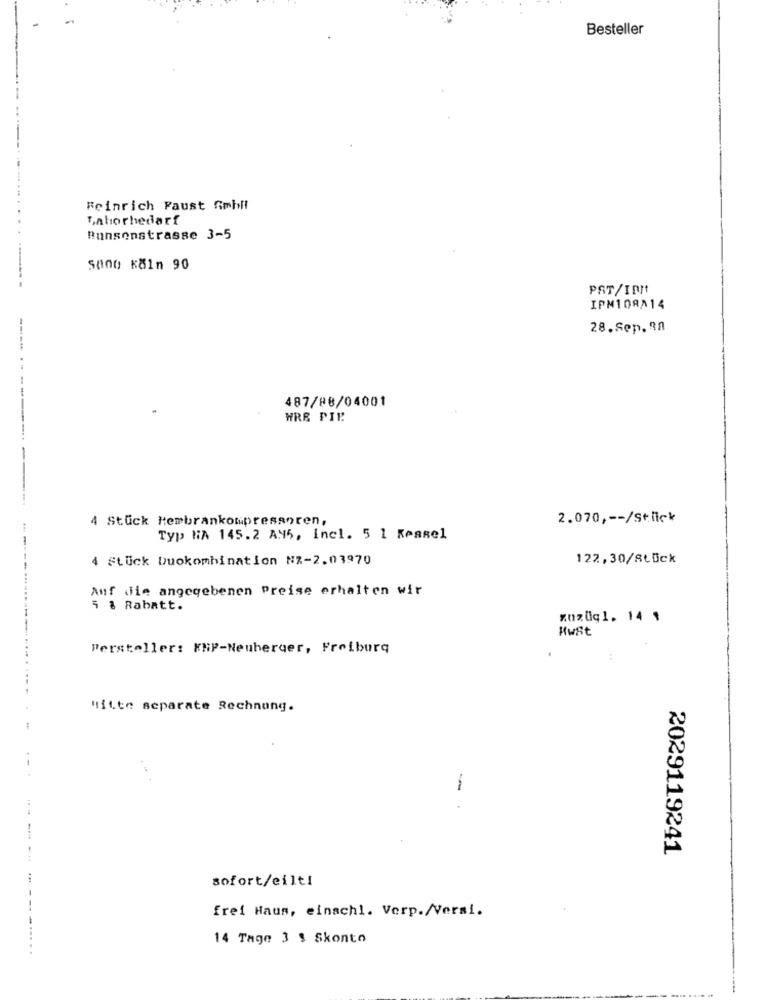
Besteller
...
Feinrich Faust Smhil
Laborhedarf
Bunsonstrasse 3-5
SO00 Köln 90
PST/IR !!
IPM108^14
28.Sep.98
487/88/04001
WRE PIR
---------------.
4 Stück Membrankompressoren,
2.070 ,-- /St.fick
Typ NA 145.2 A45, Incl. 5 1 Kessel
4 Stück buokombination NZ-2.03970
122,30/Stück
Auf die angegebenen Preise erhalten wir
5 % Rabatt.
zuzug1. 14 1
Mwst
Persteller: KNP-Neuberger, Freiburg
Hitte separate Rechnung.
2029119241
sofort/eilt!
frei Haus, einschl. Verp./Versi.
....
14 Tage 3 $ Skonto